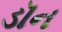
ડૉન